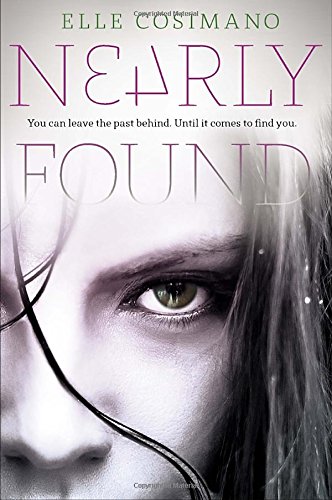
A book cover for Nearly Found; Elle Cosimano; Teen & Young Adult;